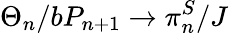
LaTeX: \Theta_{n}/bP_{n+1}\to\pi_{n}^{S}/J